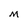
Character: M